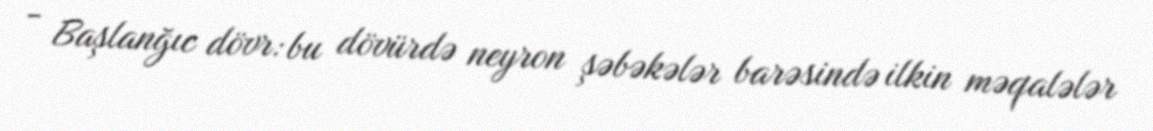
- Başlanğıc dövr: bu dövürdə neyron şəbəkələr barəsində ilkin məqalələr